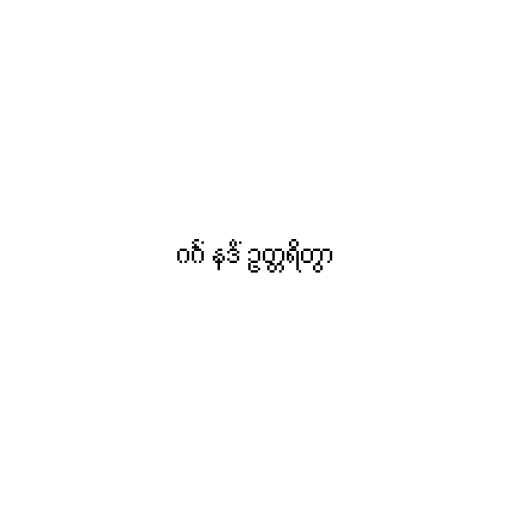
ဂင်္ဂံ နဒိံ ဥတ္တရိတွာ